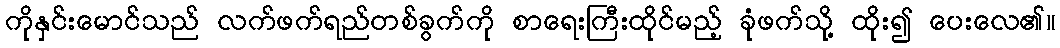
ကိုနှင်းမောင်သည် လက်ဖက်ရည်တစ်ခွက်ကို စာရေးကြီးထိုင်မည့် ခုံဖက်သို့ ထိုး၍ ပေးလေ၏။